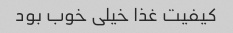
کیفیت غذا خیلی خوب بود